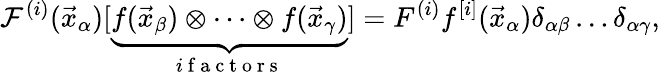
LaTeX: \mathcal F^{(i)}(\vec{x}_{\alpha})[\underset{i\mathrm{~f~a~c~t~o~r~s~}}{\underbrace{f(\vec{x}_{\beta})\otimes\dots\otimes f(\vec{x}_{\gamma})}}]=F^{(i)}f^{[i]}(\vec{x}_{\alpha})\delta_{\alpha\beta}\dots\delta_{\alpha\gamma},